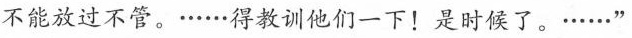
不能放过不管·····得教训他们一下!是时候了。·····”